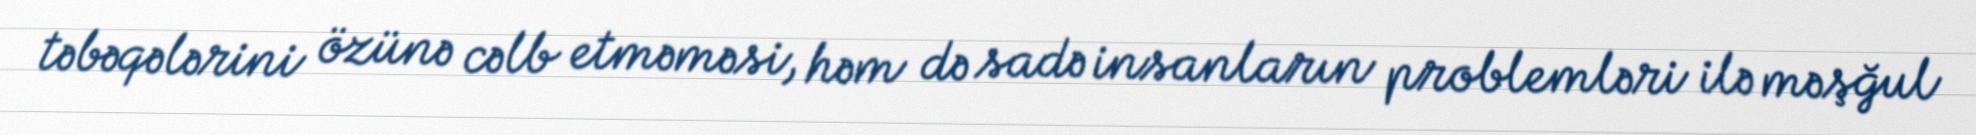
təbəqələrini özünə cəlb etməməsi, həm də sadə insanların problemləri ilə məşğul